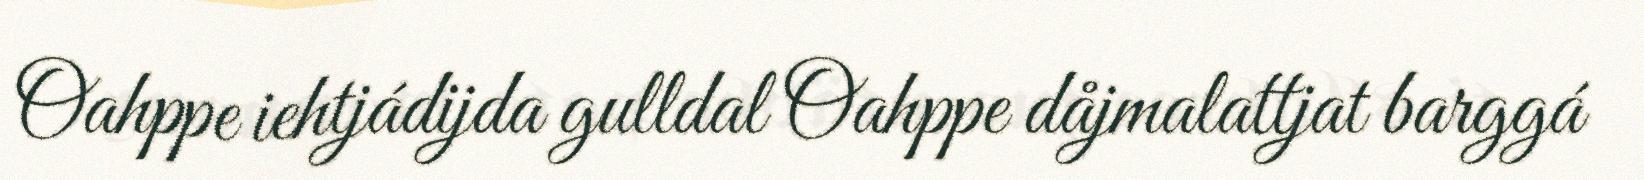
Oahppe iehtjádijda gulldal Oahppe dåjmalattjat barggá